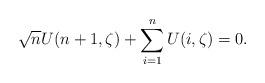
LaTeX: \begin{align*} \sqrt{n}U(n+1,\zeta)+\sum_{i=1}^n U(i,\zeta)=0.\end{align*}